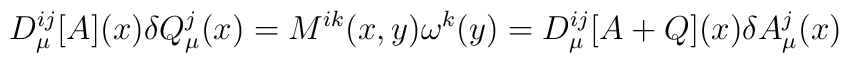
D_{\mu}^{ij}[A](x)\delta Q_{\mu}^j(x)=M^{ik}(x,y)\omega ^k(y)=D_{\mu}^{ij}[A+Q](x)\delta A_{\mu}^j(x)